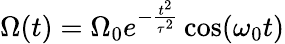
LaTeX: \Omega(t)=\Omega_{0}e^{-\frac{t^{2}}{\tau^{2}}}\cos(\omega_{0}t)